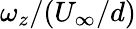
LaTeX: \omega_{z}/(U_{\infty}/d)